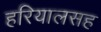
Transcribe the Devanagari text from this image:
हरियालसह